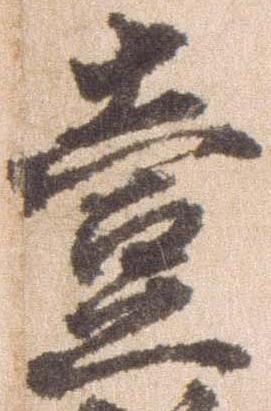
壱